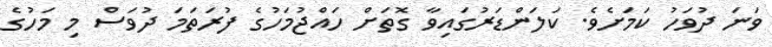
ވަނަ ދުވަހު ކަމަށެވެ. ކަލަންޑަރުގައިވާ ގޮތަށް ހައްޖުމަހުގެ ފުރަތަމަ ދުވަސް މި މަހުގެ